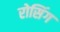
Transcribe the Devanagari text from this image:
रोसिंग